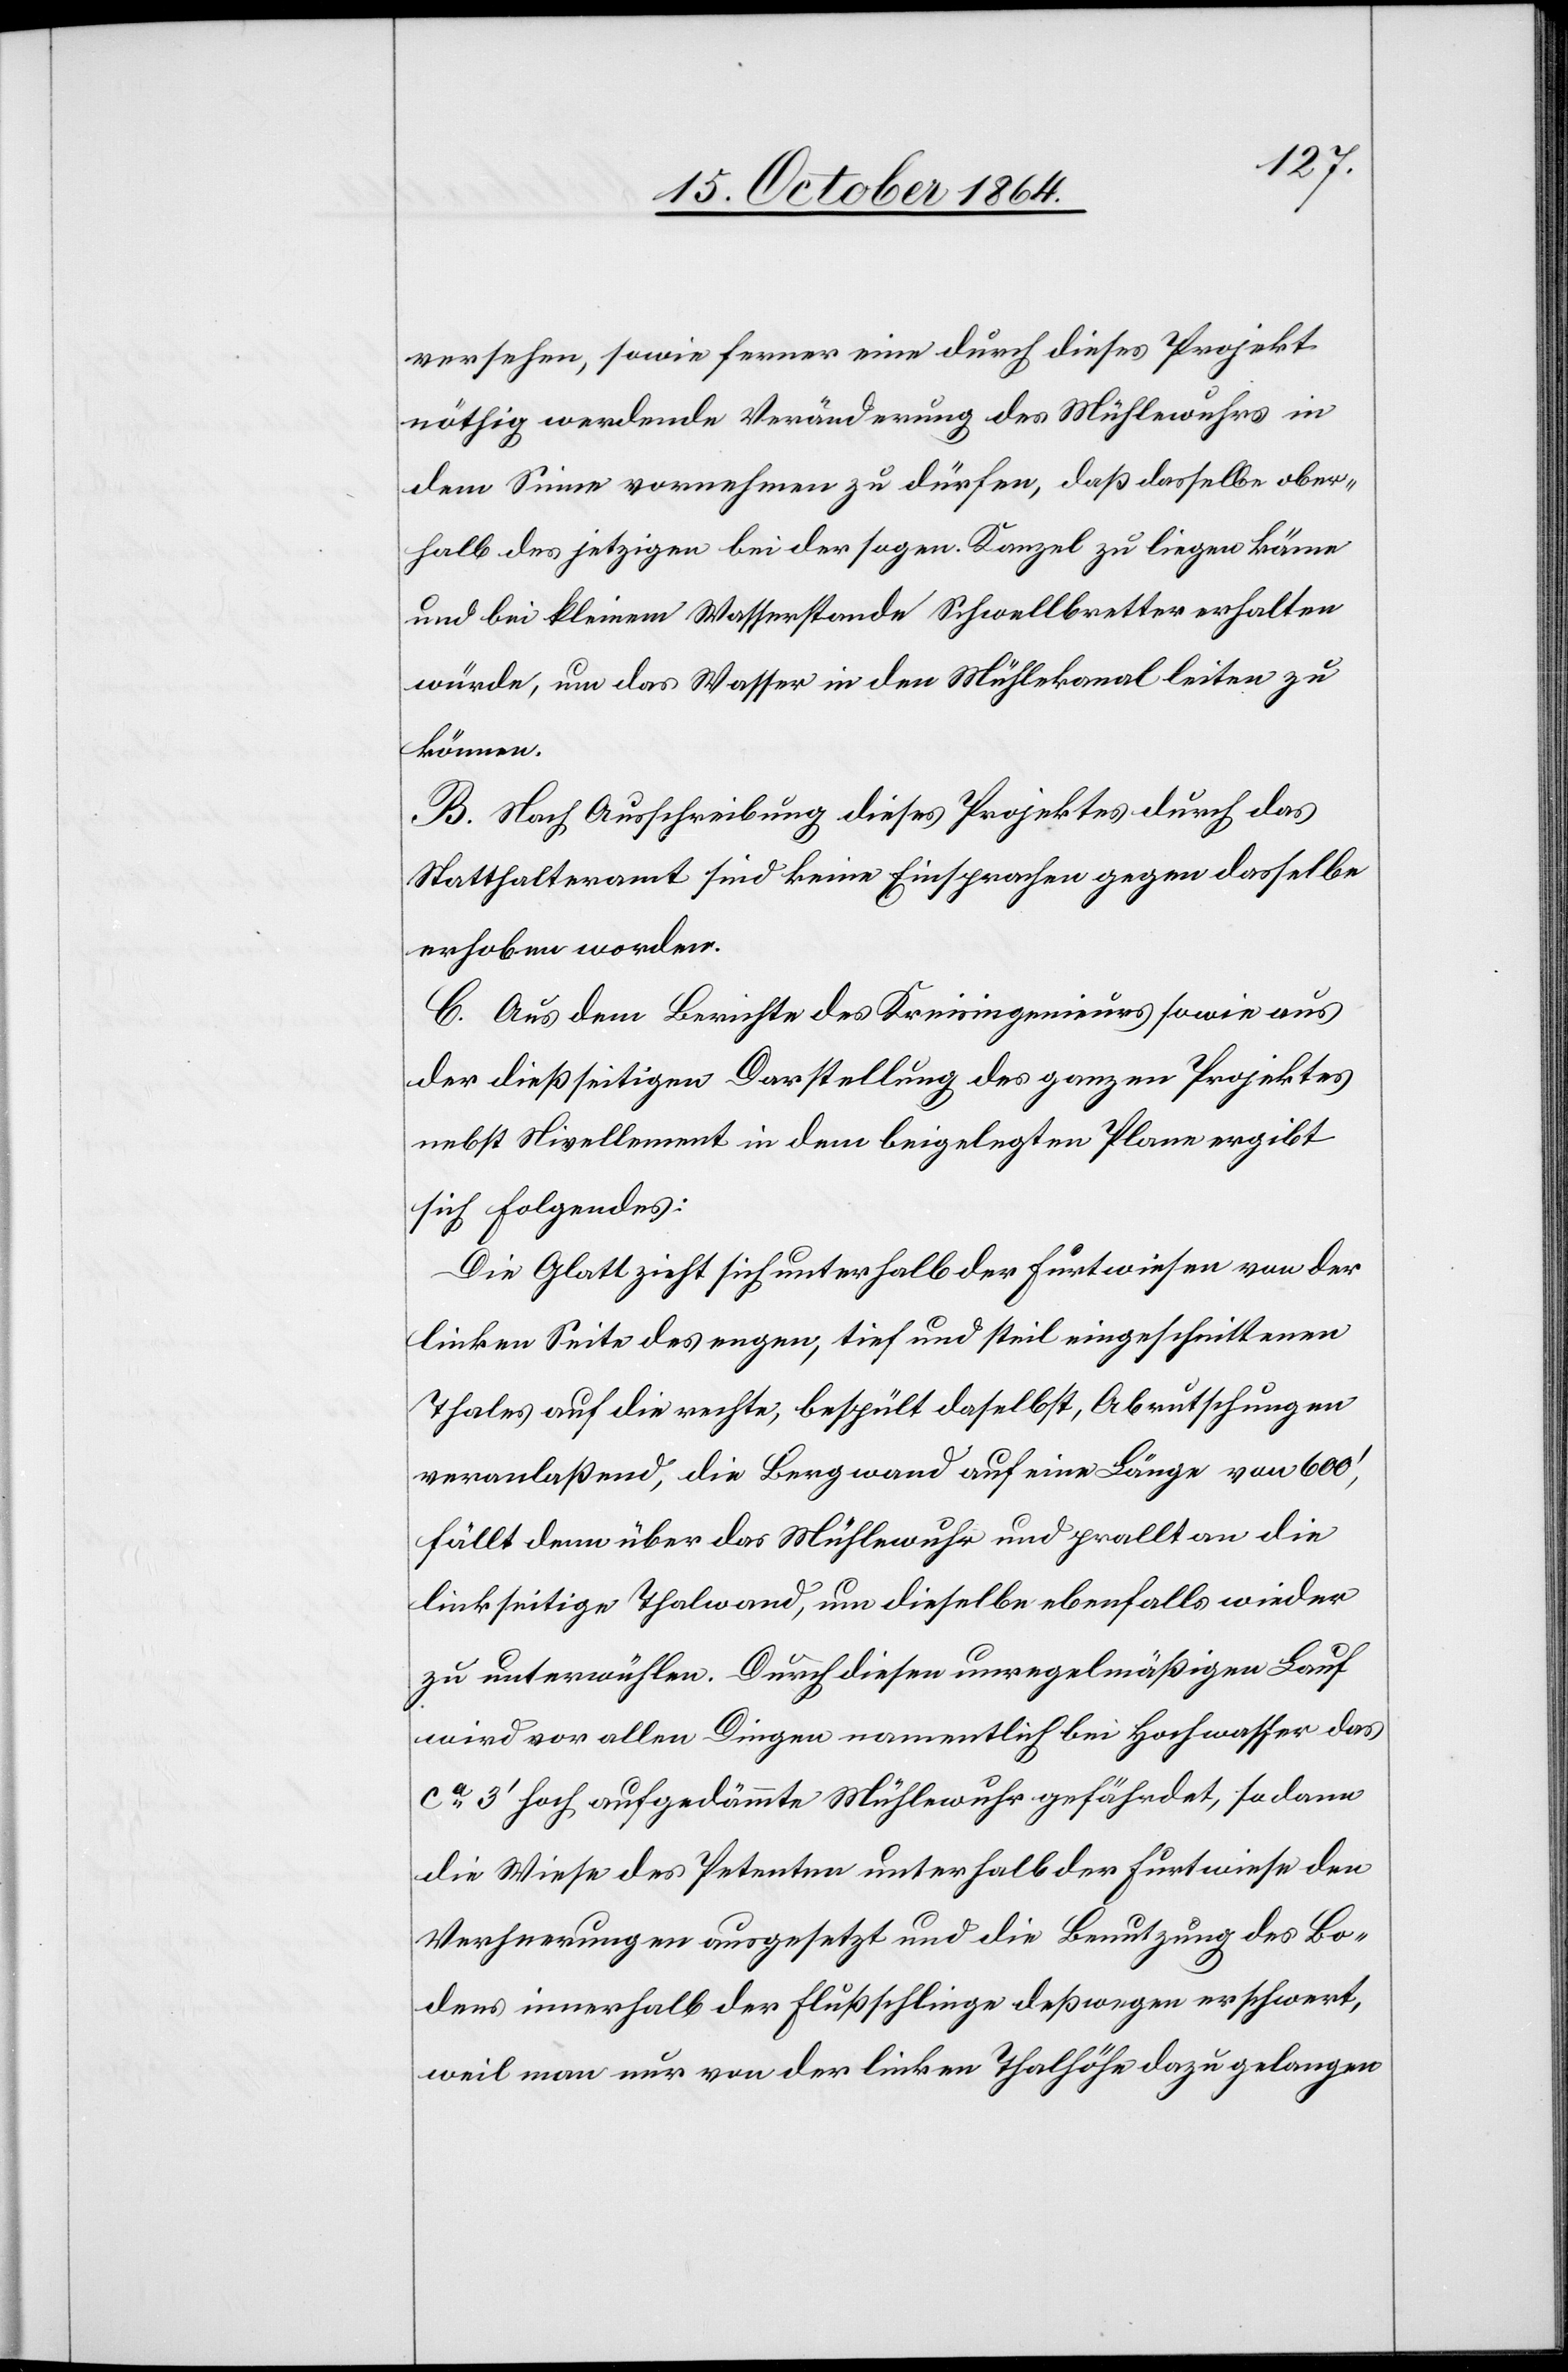
versehen, sowie ferner eine durch dieses Projekt
nöthig werdende Veränderung des Mühlewuhrs in
dem Sinne vornehmen zu dürfen, daß dasselbe ober¬
halb des jetzigen bei der sogen. Kanzel zu liegen käme
und bei kleinem Wasserstande Schwellbretter erhalten
würde, um das Wasser in den Mühlekanal leiten zu
können.
B. Nach Ausschreibung dieses Projektes durch das
Statthalteramt sind keine Einsprachen gegen dasselbe
erhoben worden.
C. Aus dem Berichte des Kreisingenieurs sowie aus
der dießseitigen Darstellung des ganzen Projektes
nebst Nivellement in dem beigelegten Plane ergibt
sich Folgendes:
Die Glatt zieht sich unterhalb der Furtwiesen von der
linken Seite des engen, tief und steil eingeschnittenen
Thales auf die rechte, bespült daselbst, Abnutzungen
veranlaßend, die Bergwand auf eine Länge von 600’,
fällt denn über das Mühlewuhr und prallt an die
linkseitige Thalwand, um dieselbe ebenfalls wieder
zu unterwühlen. durch diesen unregelmäßigen Lauf
wird vor allen Dingen namentlich bei Hochwasser das
ca 3’ hoch aufgedämmte Mühlewuhr gefährdet, sodann
die Wiese des Petenten unterhalb der Furtwiese den
Verhnerungen [sic!] ausgesetzt und die Benutzung des Bo¬
dens innerhalb der Flußschlinge deßwegen erschwert,
weil man nur von der linken Thalhöhe dazu gelangen